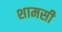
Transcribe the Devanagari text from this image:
शामसी